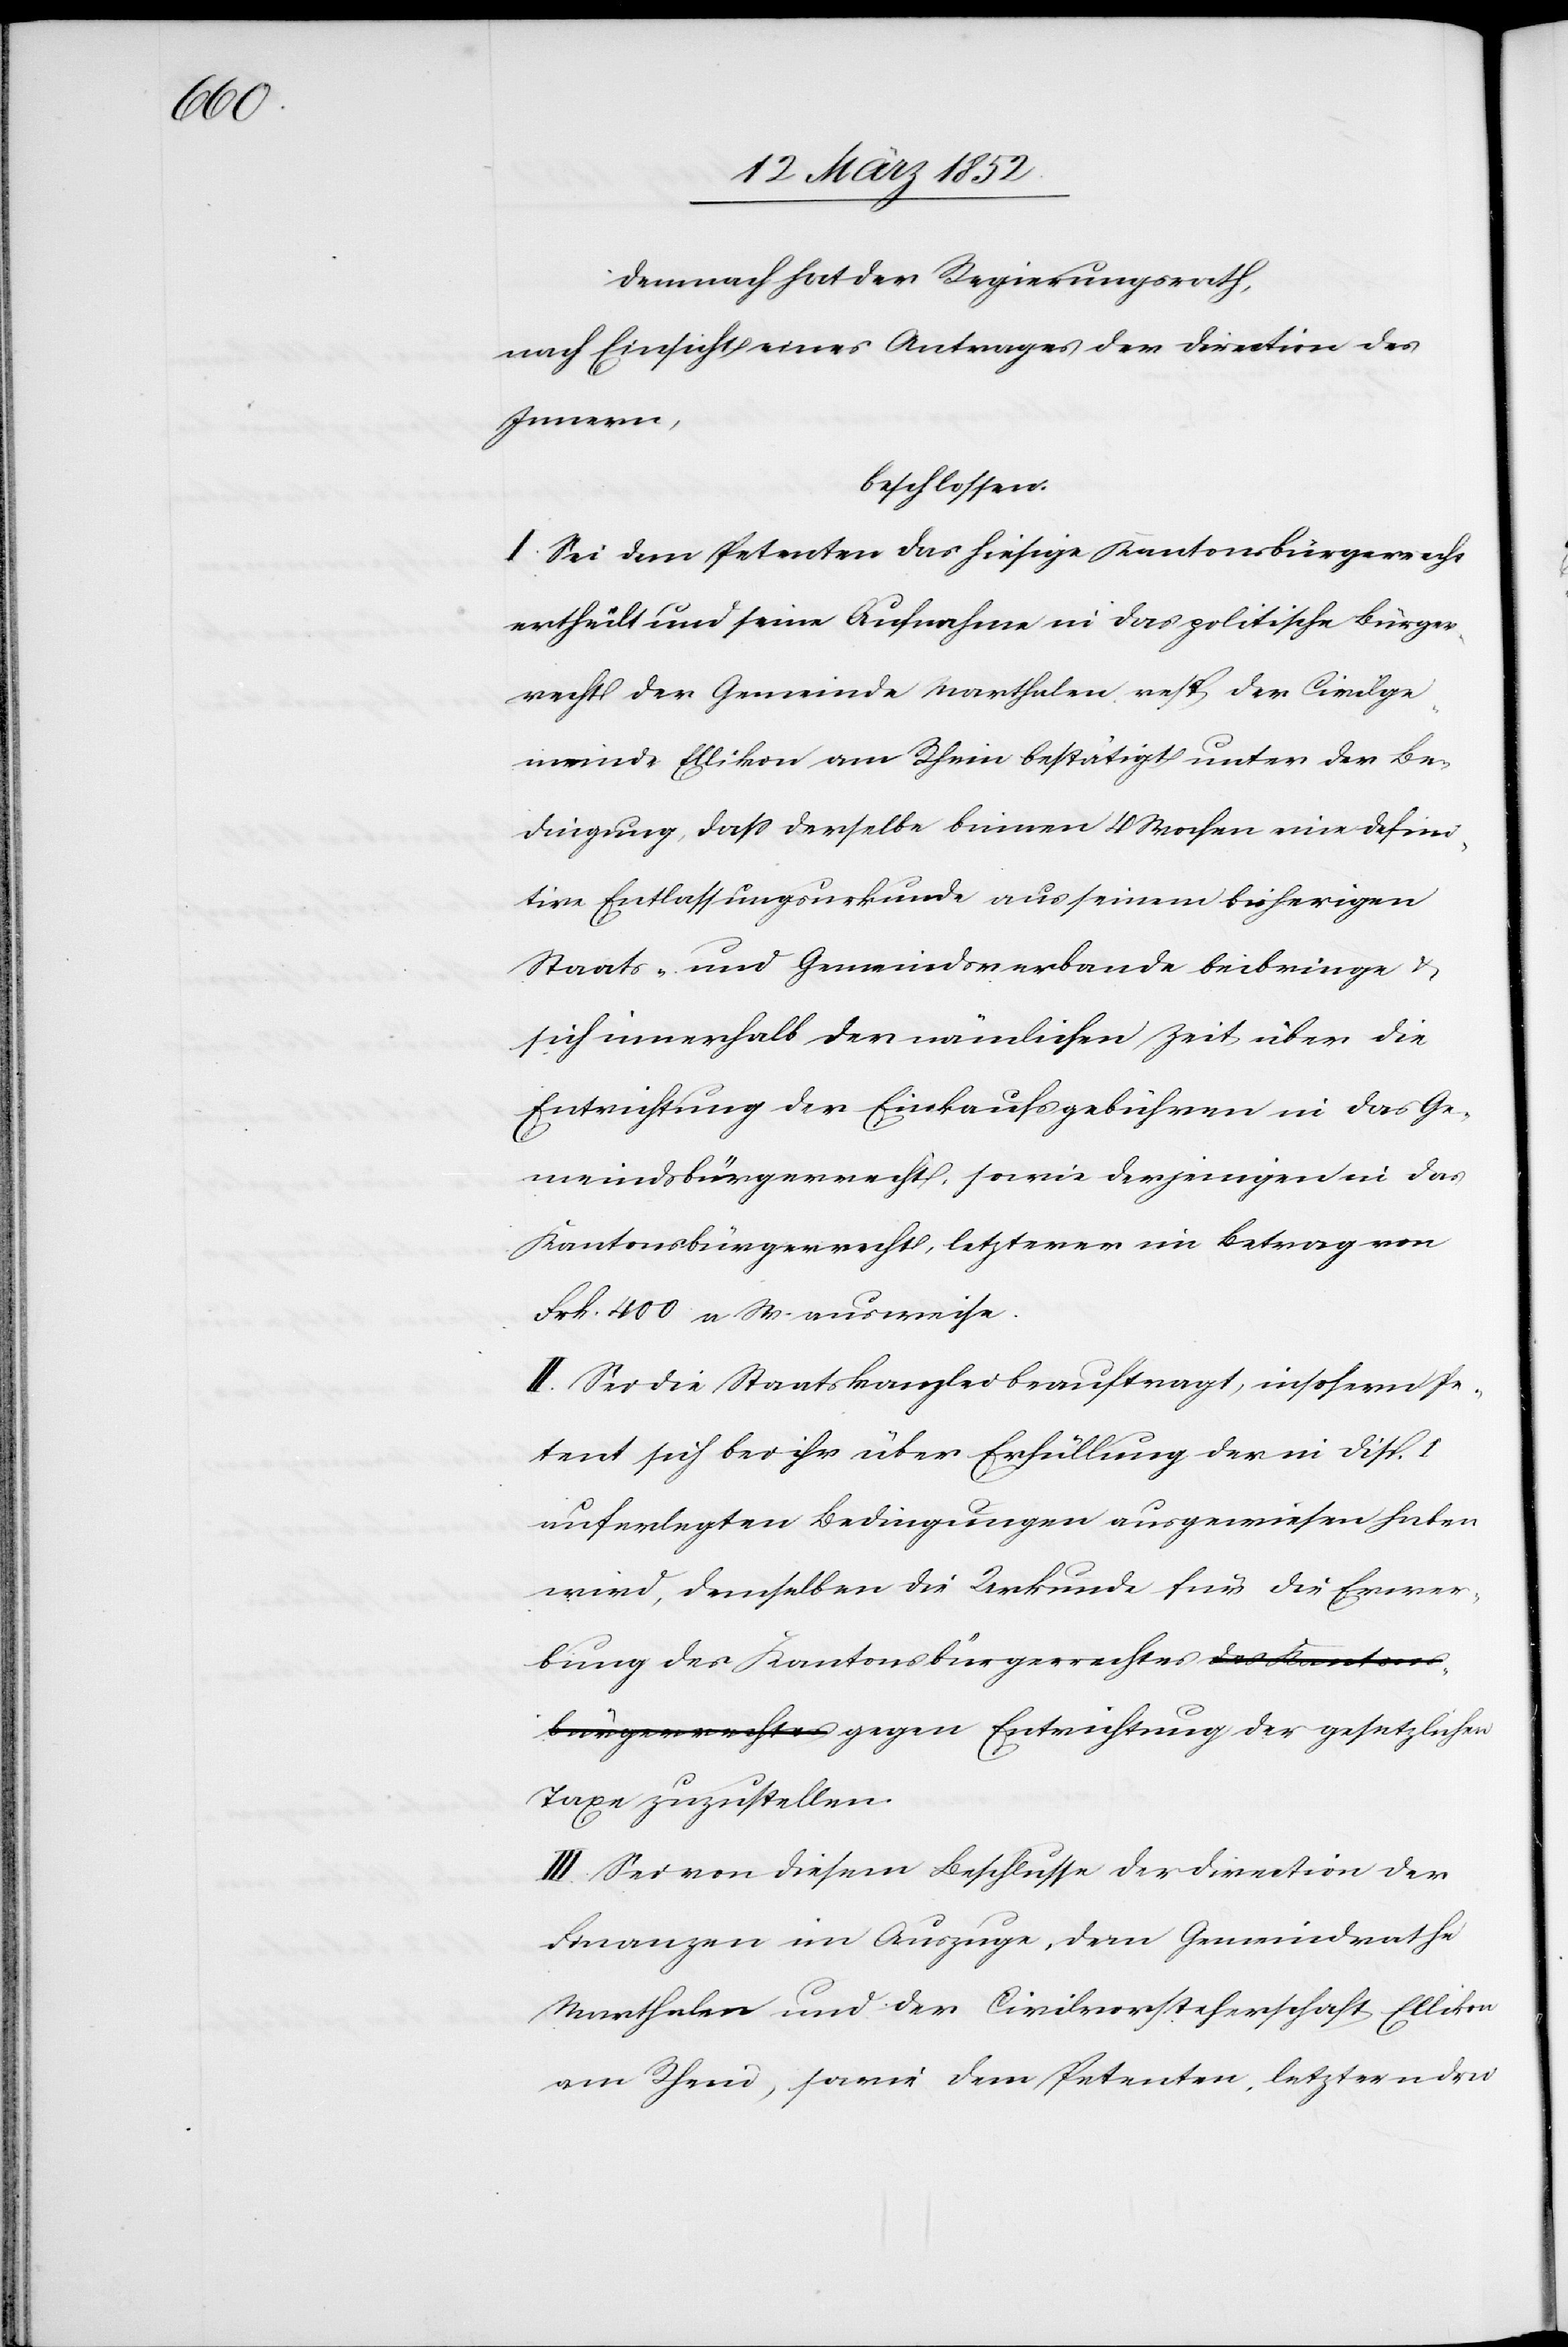
Demnach hat der Regierungsrath,
nach Einsicht eines Antrages der Direction des
Innern,
beschlossen.
I Sei dem Petenten das hiesige Kantonsbürgerrecht
ertheilt und seine Aufnahme in das politische Bürger¬
recht der Gemeinde Marthalen resp der Civilge¬
meinde Ellikon am Rhein bestätigt unter der Be¬
dingung, daß derselbe binnen 4 Wochen eine defini¬
tive Entlassungsurkunde aus seinem bisherigen
Staats- und Gemeindsverbande beibringe u.
sich innerhalb der nämlichen Zeit über die
Entrichtung der Einkaufsgebühren in das Ge¬
meindsbürgerrecht, sowie derjenigen in das
Kantonsbürgerrecht, letzterer ein Betrag von
Frk. 400 n W. ausweise.
II. Sei die Staatskanzlei beauftragt, insofern Pe¬
tent sich bei ihr über Erfüllung der in Disp. I
auferlegten Bedingungen ausgewiesen haben
wird, demselben die Urkunde für die Erwer¬
bung des Kantonsbürgerrechtes gegen Entrichtung
Taxe zuzustellen.
III. Sei von diesem Beschlusse der Direction der
Finanzen im Auszug, dem Gemeindrathe
Marthalen und der Civilvorsteherschaft Ellikon
am Rhein, sowie dem Petenten, letzternden